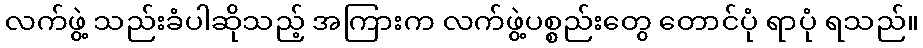
လက်ဖွဲ့ သည်းခံပါဆိုသည့် အကြားက လက်ဖွဲ့ပစ္စည်းတွေ တောင်ပုံ ရာပုံ ရသည်။